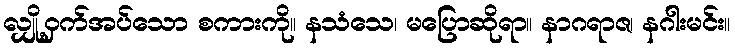
လျှို့ဝှက်အပ်သော စကားကို။ နသံသေ၊ မပြောဆိုရာ။ နာဂရာဇ၊ နဂါးမင်း။